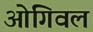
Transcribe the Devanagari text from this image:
ओगिवल